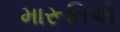
મારૂતિએ